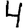
Digit: 4